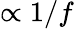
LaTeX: \propto 1/f